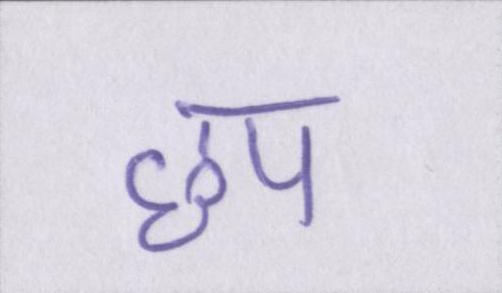
छप